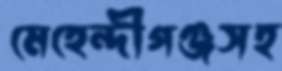
মেহেন্দীগঞ্জসহ